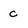
Character: c